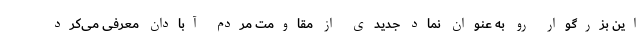
این بزرگوار رو به عنوان نماد جدیدی از مقاومت مردم آبادان معرفی می‌کرد